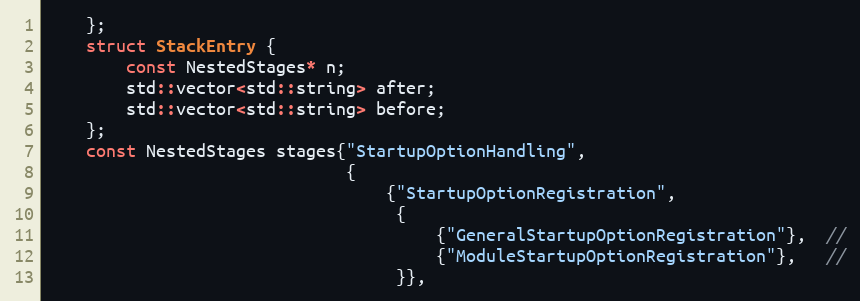
Language: C++
    };
    struct StackEntry {
        const NestedStages* n;
        std::vector<std::string> after;
        std::vector<std::string> before;
    };
    const NestedStages stages{"StartupOptionHandling",
                              {
                                  {"StartupOptionRegistration",
                                   {
                                       {"GeneralStartupOptionRegistration"},  //
                                       {"ModuleStartupOptionRegistration"},   //
                                   }},